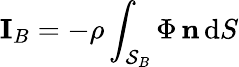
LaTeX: \mathbf{I}_{B}=-\rho\int_{\mathcal{S}_{B}}\Phi\, \mathbf{n}\, \mathrm{d}S